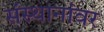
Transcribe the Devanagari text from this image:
संस्थानांवर